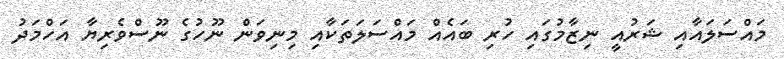
މައްސަލައާއި ޝަރުއީ ނިޒާމުގައި ހުރި ބައެއް މައްސަލަތަކާއި މިނިވަން ނޫހުގެ ނޫސްވެރިޔާ އަހްމަދު